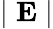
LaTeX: \mid\mathbf{E}\mid